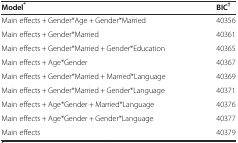
| Model* | BIC† |
 | --- | --- |
 | Main effects + Gender*Age + Gender*Married | 40356 |
 | Main effects + Gender*Married | 40361 |
 | Main effects + Gender*Married + Gender*Education | 40365 |
 | Main effects + Age*Gender | 40367 |
 | Main effects + Gender*Married + Married*Language | 40369 |
 | Main effects + Gender*Married + Gender*Language | 40371 |
 | Main effects + Age*Gender + Married*Language | 40376 |
 | Main effects + Age*Gender + Gender*Language | 40377 |
 | Main effects | 40379 |